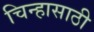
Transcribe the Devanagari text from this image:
चिन्हासाठी